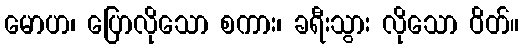
မောဟ၊ ပြောလိုသော စကား၊ ခရီးသွား လိုသော ဝိတ်။